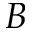
B